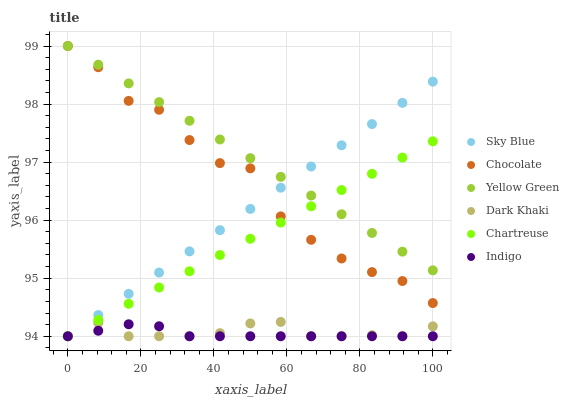
| xaxis_label | Sky Blue | Chocolate | Yellow Green | Dark Khaki | Chartreuse | Indigo |
 | --- | --- | --- | --- | --- | --- | --- |
 | 0 | 94 | 99 | 99 | 94 | 94 | 94 |
 | 8.33 | 94.4 | 98.6 | 98.7 | 94.2 | 94.3 | 94.1 |
 | 16.7 | 94.7 | 98.1 | 98.4 | 94 | 94.6 | 94.2 |
 | 25 | 95.1 | 97.9 | 98 | 94 | 94.8 | 94.2 |
 | 33.3 | 95.5 | 97.4 | 97.7 | 94 | 95.1 | 94 |
 | 41.7 | 95.8 | 97 | 97.4 | 94.1 | 95.4 | 94 |
 | 50 | 96.2 | 96.9 | 97.1 | 94.2 | 95.7 | 94 |
 | 58.3 | 96.6 | 96.1 | 96.7 | 94.2 | 96 | 94 |
 | 66.7 | 96.9 | 95.7 | 96.4 | 94 | 96.2 | 94 |
 | 75 | 97.3 | 95.3 | 96.1 | 94 | 96.5 | 94 |
 | 83.3 | 97.7 | 95.1 | 95.8 | 94 | 96.8 | 94 |
 | 91.7 | 98 | 95 | 95.5 | 94 | 97.1 | 94 |
 | 100 | 98.4 | 94.6 | 95.1 | 94.2 | 97.4 | 94 |